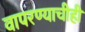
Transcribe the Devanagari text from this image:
वापरण्याचीही